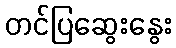
တင်ပြဆွေးနွေး